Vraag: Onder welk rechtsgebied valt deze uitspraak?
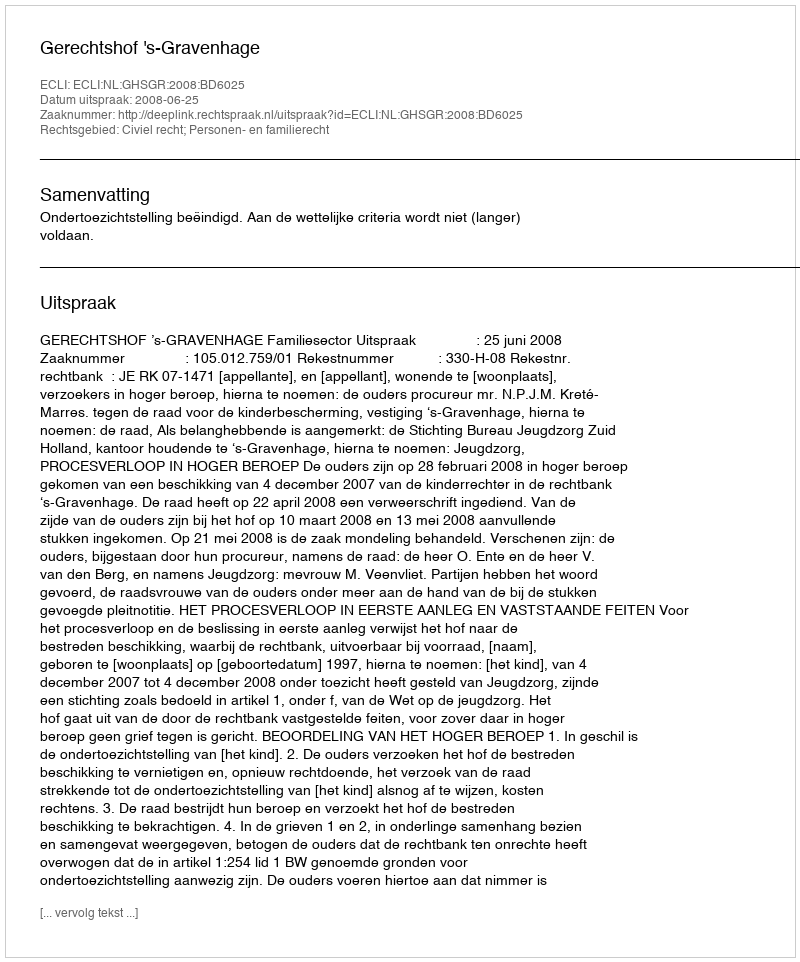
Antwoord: Civiel recht; Personen- en familierecht